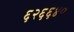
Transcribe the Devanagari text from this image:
६२६६४०